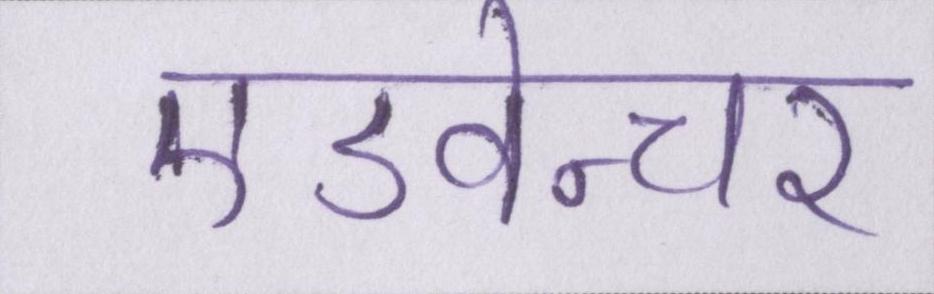
एडवेन्चर